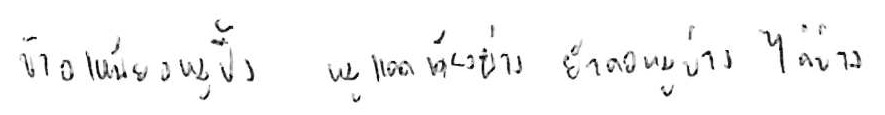
ข้าวเหนียวหมูปิ้ง หมูแดดเดียวย่าง ยำคอหมูย่าง ไก่ย่าง